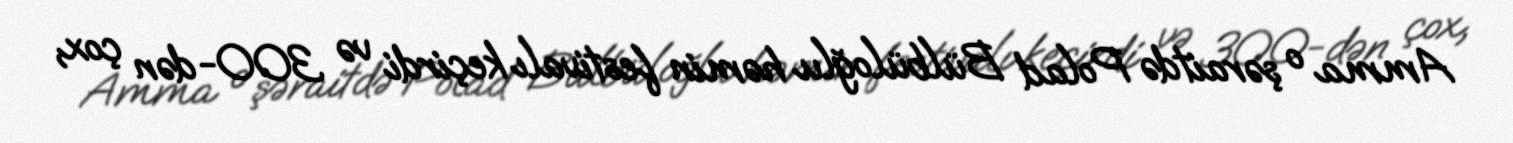
Amma o şəraitdə Polad Bülbüloğlu həmin festivalı keçirdi və 300-dən çox,